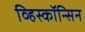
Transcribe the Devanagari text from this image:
व्हिस्कॉन्सिन